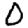
Digit: 0